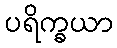
ပရိက္ခယာ